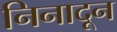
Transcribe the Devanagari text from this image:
निनादून